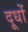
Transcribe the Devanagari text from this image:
दूधों